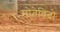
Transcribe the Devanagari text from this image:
मोतेविदो